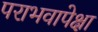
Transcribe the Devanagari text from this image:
पराभवापेक्षा